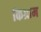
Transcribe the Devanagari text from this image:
किग्राम